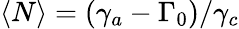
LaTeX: \langle N\rangle={\left(\gamma_{a}-\Gamma_{0}\right)}/{\gamma_{c}}